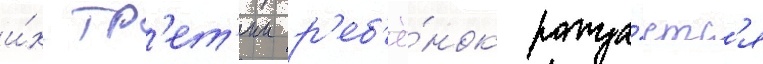
и́х тр'ет'ии р'еб'ё́нок рожда́етс'я